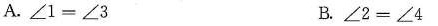
A.∠1=∠3 B.∠2=∠4